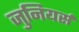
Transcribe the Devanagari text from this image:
जुनियर्स